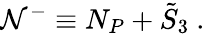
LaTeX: {\cal N}^{-}\equiv N_{P}+{\tilde{S}}_{3}\ .